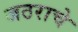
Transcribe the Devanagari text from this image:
जठराचे